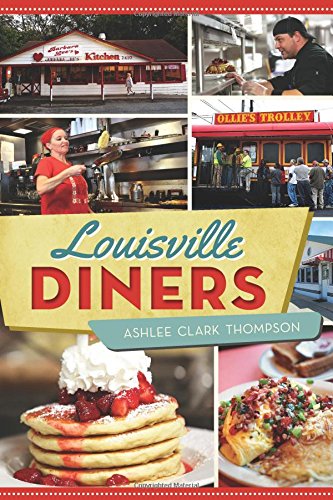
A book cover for Louisville Diners (American Palate); Ashlee Clark Thompson; Travel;